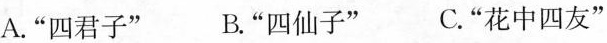
A.”四君子” B.”四仙子” C.”花中四友”